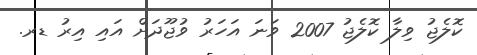
ކޮލެޖު ވިލާ ކޮލެޖު 2007 ވަނަ އަހަރު ވުޖޫދަށް އައި އިރު ޑރ.